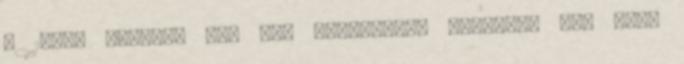
. 10:30 perckor egy kis gyaloglást követően Pál utca